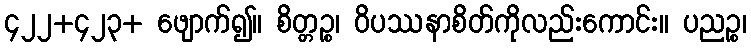
၄၂၂+၄၂၃+ ဖျောက်၍။ စိတ္တဉ္စ၊ ဝိပဿနာစိတ်ကိုလည်းကောင်း။ ပညဉ္စ၊